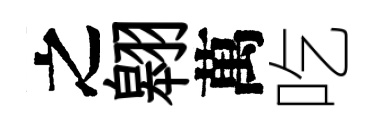
之翱萬吃